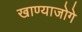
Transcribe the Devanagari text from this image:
खाण्याजोगे